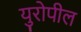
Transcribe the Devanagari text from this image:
युरोपील